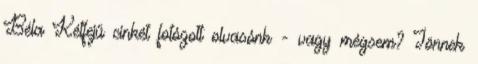
Béla Kétfejű cinkét fotózott olvasónk - vagy mégsem? Jönnek